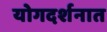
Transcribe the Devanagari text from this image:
योगदर्शनात